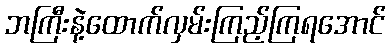
ဘကြီးနဲ့ထောက်လှမ်းကြည့်ကြရအောင်